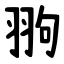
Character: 翑